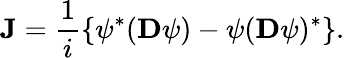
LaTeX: {\mathbf J}=\frac{1}{i}\{ \psi^{*}({\mathbf D}\psi)-\psi({\mathbf D}\psi)^{*}\} .